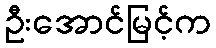
ဦးအောင်မြင့်က